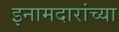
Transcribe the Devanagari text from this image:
इनामदारांच्या